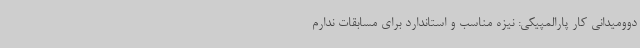
دوومیدانی کار پارالمپیکی: نیزه مناسب و استاندارد برای مسابقات ندارم